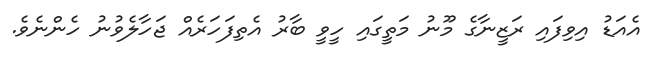
އެއަޑު އިވިފައި ރަޒީނާގެ މޫނު މަތީގައި ހީވީ ބާރު އެތިފަހަރެއް ޖަހާލެވުނު ހެންނެވެ.